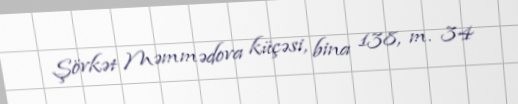
Şövkət Məmmədova küçəsi, bina 138, m. 34